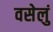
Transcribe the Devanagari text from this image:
वसेलुं